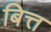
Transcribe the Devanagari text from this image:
बित्त